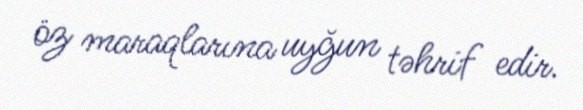
öz maraqlarına uyğun təhrif edir.